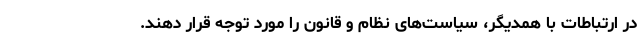
در ارتباطات با همدیگر، سیاست‌های نظام و قانون را مورد توجه قرار دهند.